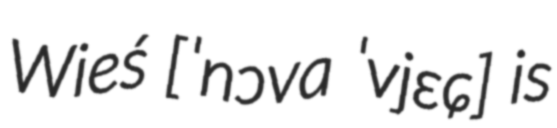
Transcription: Wieś [ˈnɔva ˈvjɛɕ] is